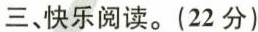
三、快乐阅读。(22分)